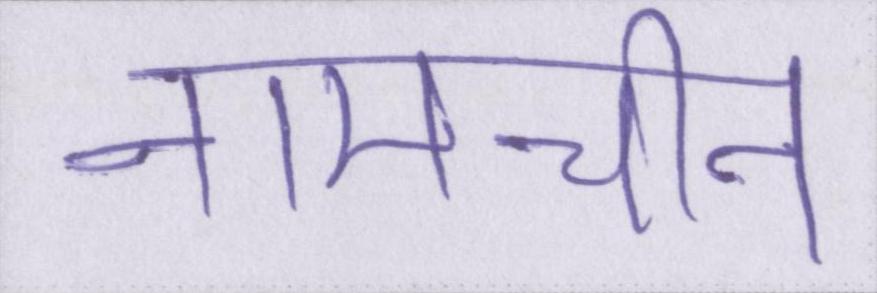
नामचीन